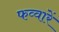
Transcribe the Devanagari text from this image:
फव्वारें